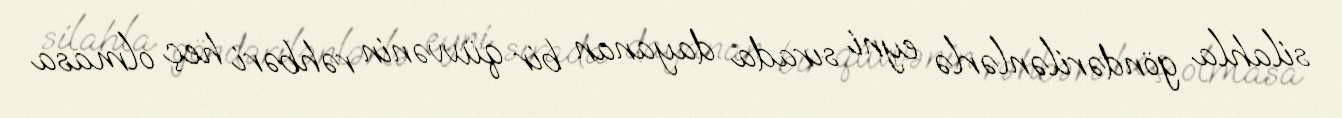
silahla göndərilənlərlə eyni sırada dayanan bir qüvvənin rəhbəri heç olmasa